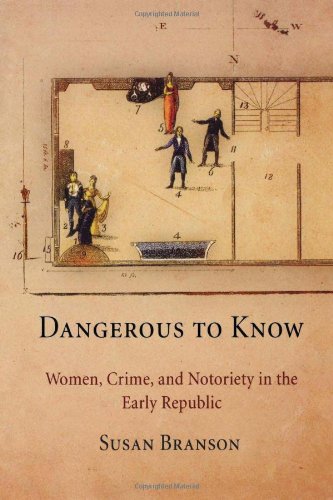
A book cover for Dangerous to Know: Women, Crime, and Notoriety in the Early Republic; Susan Branson; Biographies & Memoirs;